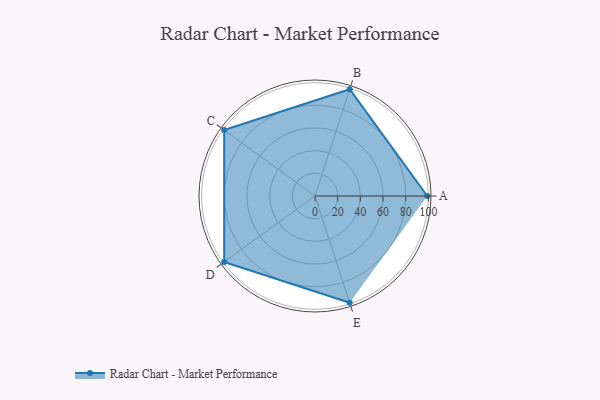
{"axis": {"x": "Skill", "y": "Score"}, "legend": ["Profile"], "data": [{"x": "A", "y": 99, "type": "Profile"}, {"x": "B", "y": 99, "type": "Profile"}, {"x": "C", "y": 99, "type": "Profile"}, {"x": "D", "y": 99, "type": "Profile"}, {"x": "E", "y": 99, "type": "Profile"}]}